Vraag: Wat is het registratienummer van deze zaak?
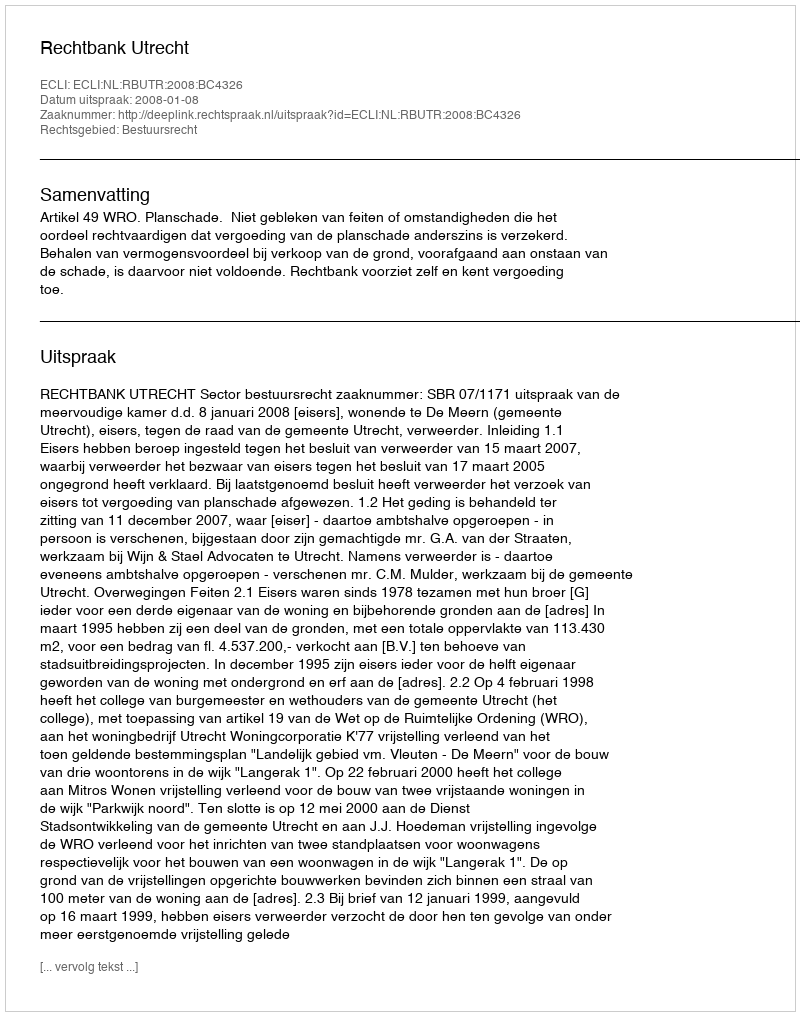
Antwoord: http://deeplink.rechtspraak.nl/uitspraak?id=ECLI:NL:RBUTR:2008:BC4326